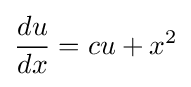
{\frac {du}{dx}}=cu+x^{2}